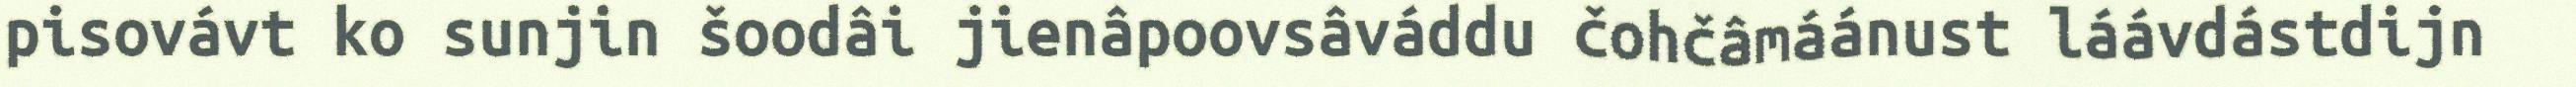
pisovávt ko sunjin šoodâi jienâpoovsâváddu čohčâmáánust láávdástdijn